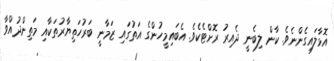
އޮޅާލައިގެންނެވެ. ކާން ލިބެނީ ދެއިރު ރޮށްޓެކެވެ. އެބައިމީހުންގެ އަތުގައި ޒަމާނީ ބަރުހަތިޔާރުތަކާއި މަތިންދުއްވާ